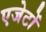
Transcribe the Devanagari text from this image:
एजेटों